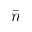
\bar { n }